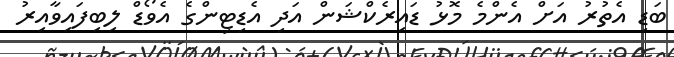
ބަޑި އެތުރު އަށް އެންމެ މޮޅު ޑައިރެކްޝަން އަދި އެޑިޓިންގެ އެވޯޑް ލިބިފައިވާއިރު